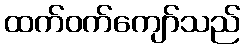
ထက်ဝက်ကျော်သည်